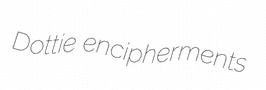
Dottie encipherments